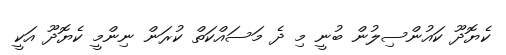
ކެޔޮދޫ ކައުންސިލުން ބުނީ މި ދެ މަސައްކަތް ކުރަން ނިންމީ ކެޔޮދޫ އަކީ